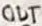
Text: OUT